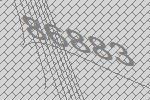
86883